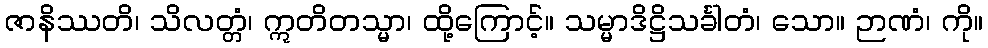
ဇာနိဿတိ၊ သိလတ္တံ၊ ဣတိတသ္မာ၊ ထို့ကြောင့်။ သမ္မာဒိဋ္ဌိသင်္ခါတံ၊ သော။ ဉာဏံ၊ ကို။